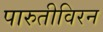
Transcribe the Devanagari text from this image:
पारुतीविरन